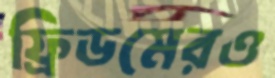
ফ্রিডমেরও